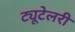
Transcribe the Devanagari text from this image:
ट्यूटेलरी